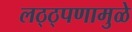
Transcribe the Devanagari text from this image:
लठ्ठ्पणामुळे